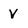
Character: V